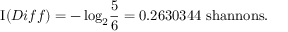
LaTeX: \operatorname { I } ( D i f f ) = - \log _ { 2 } \! { \frac { 5 } { 6 } } = 0 . 2 6 3 0 3 4 4 { \mathrm { ~ s h a n n o n s } } .